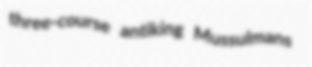
three-course antiking Mussulmans